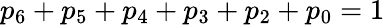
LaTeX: p_{6}+p_{5}+p_{4}+p_{3}+p_{2}+p_{0}=1